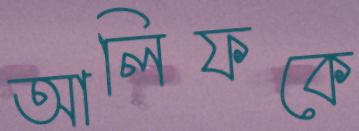
আলিফকে